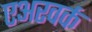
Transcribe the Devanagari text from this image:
एअरवर्क